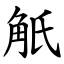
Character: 觗